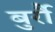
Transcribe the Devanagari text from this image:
बुर्रौ